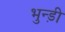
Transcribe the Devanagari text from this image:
भुन्ड़ी